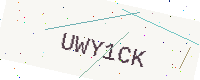
Text: UWY1CK